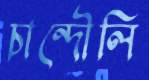
চান্দৌলি